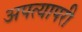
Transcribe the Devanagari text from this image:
अपत्यापरी